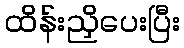
ထိန်းညှိပေးပြီး